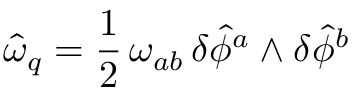
\hat { \omega } _ { q } = \frac { 1 } { 2 } \, \omega _ { a b } \, \delta \hat { \phi } ^ { a } \wedge \delta \hat { \phi } ^ { b }